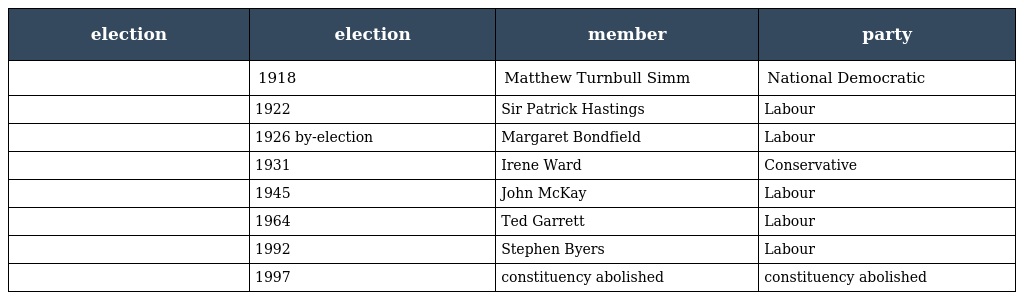
| election | election | member | party |
 | --- | --- | --- | --- |
 |  | 1918 | Matthew Turnbull Simm | National Democratic |
 |  | 1922 | Sir Patrick Hastings | Labour |
 |  | 1926 by-election | Margaret Bondfield | Labour |
 |  | 1931 | Irene Ward | Conservative |
 |  | 1945 | John McKay | Labour |
 |  | 1964 | Ted Garrett | Labour |
 |  | 1992 | Stephen Byers | Labour |
 |  | 1997 | constituency abolished | constituency abolished |